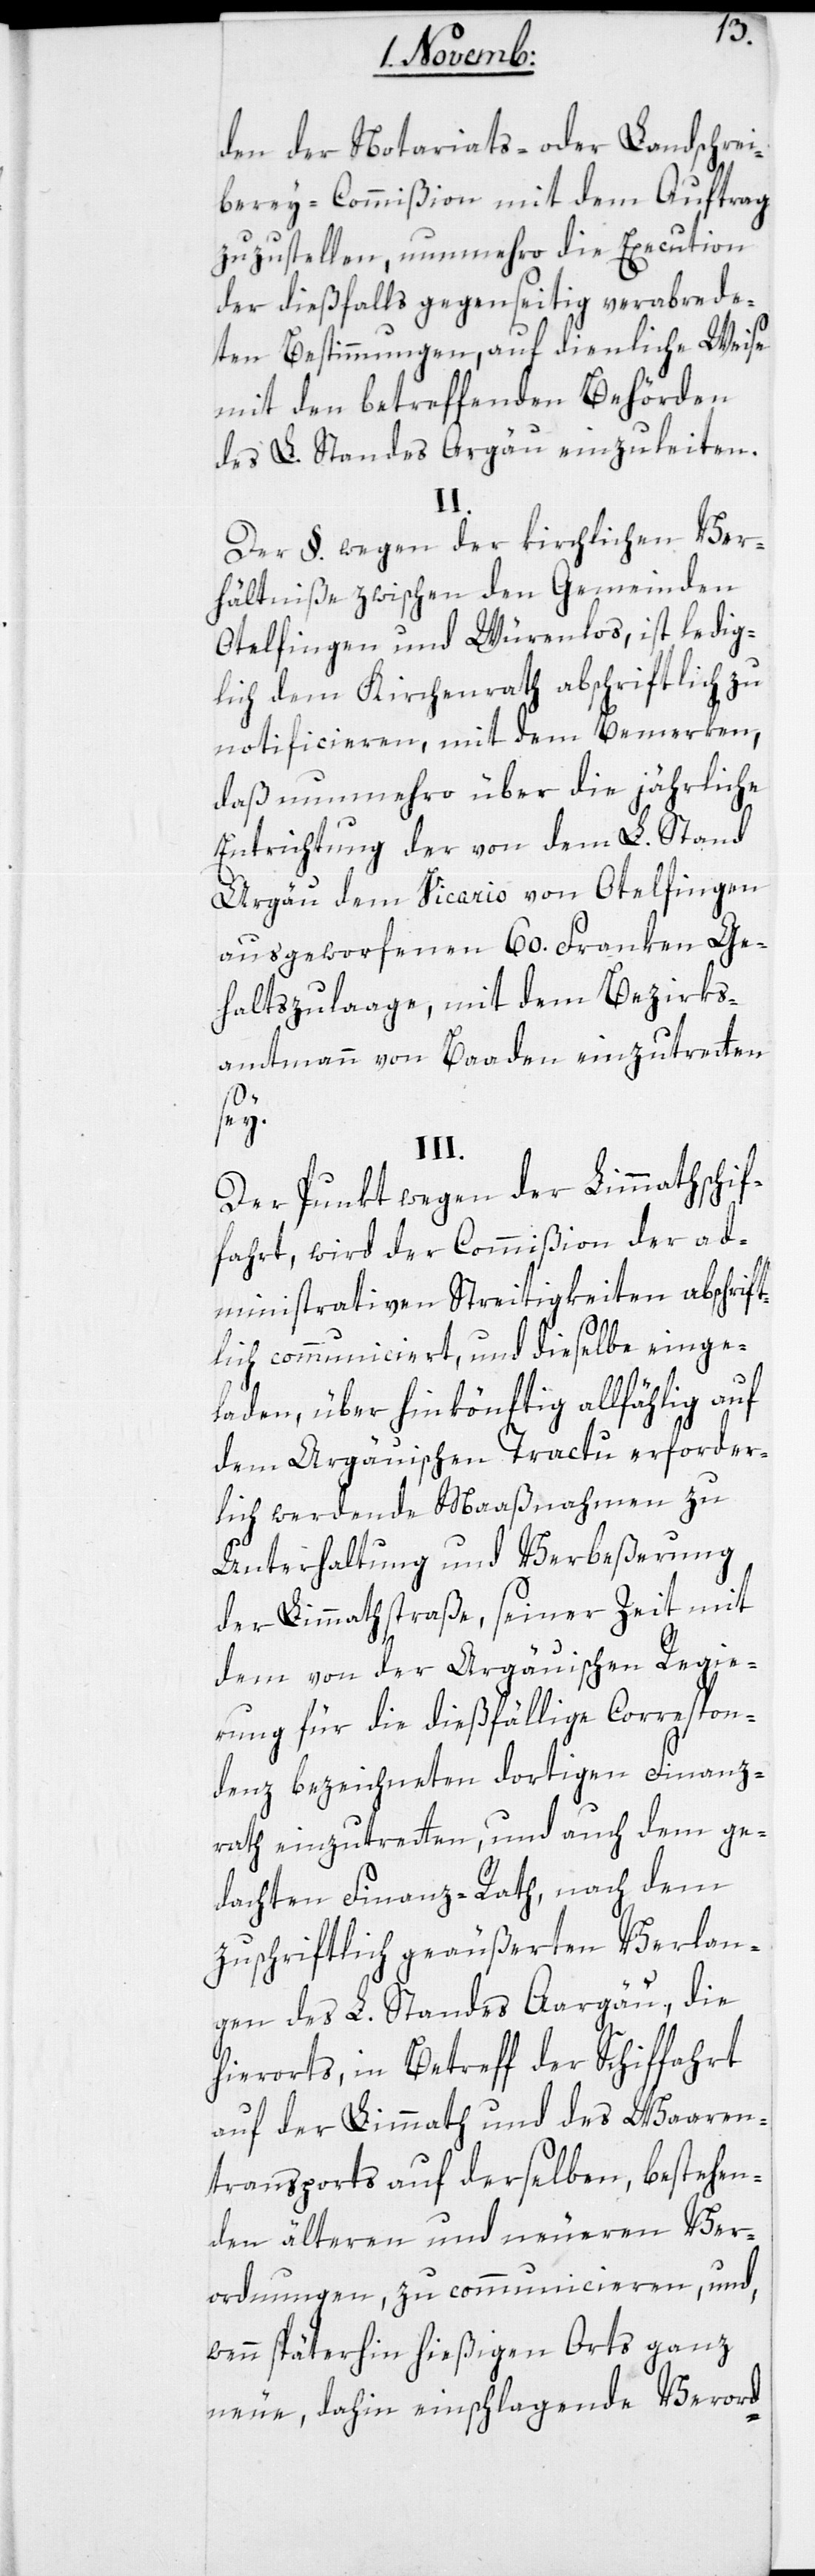
den der Notariats- oder Landschrei¬
berey-Commißion mit dem Auftrag
zuzustellen, nunmehro die Execution
der diesfalls gegenseitig verabrede¬
ten Bestimmungen, auf dienliche Weise
mit den betreffenden Behörden
des L. Standes Aargau einzuleiten.
II.
Der §. wegen der kirchlichen Ver¬
hältniße zwischen den Gemeinden
Otelfingen und Würenlos, ist ledig¬
lich dem Kirchenrath abschriftlich zu
notificieren, mit dem Bemerken,
daß nunmehro über die jährliche
Entrichtung der von dem L. Stand
Aargau dem Vicario von Otelfingen
ausgeworfenen 60. Franken Ge¬
haltszulage, mit dem Bezirks¬
amtmann von Baden einzutreten
sey.
III.
Der Punkt wegen der Limmatschif¬
fahrt wird der Commißion der ad¬
ministrativen Streitigkeiten abschrift¬
lich communiciert, und dieselbe einge¬
laden, über hinkönftig allfällig auf
dem Argauischen Tractu erforder¬
lich werdende Maaßnahme zu
Unterhaltung und Verbeßerung
der Limmathstraße, seiner Zeit mit
dem von der Argauischen Regie¬
rung für die dießfällige Correspon¬
denz bezeichneten dortigen Finanz¬
rat einzutreten, und auch dem ge¬
dachten Finanz-Rath, nach dem
zuschriftlich geäußerten Verlan¬
gen des L. Standes Aargau, die
hierorts, in Betreff der Schiffahrt
auf der Limmath und des Waaren¬
transports auf derselben, bestehen¬
den ältern und neueren Ver¬
ordnungen, zu communicieren, und
wenn späterhin hießigen Orts ganz
neue, dahin einschlagende Verord-